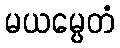
မယမ္ပေတံ